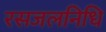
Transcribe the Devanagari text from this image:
रसजलनिधि